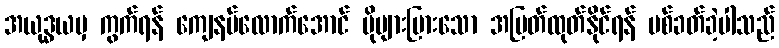
အယုဒ္ဓယမှ ကွက်ရန် ကျေနပ်လောက်အောင် ပိုများပြားသော အမြတ်ထုတ်နိုင်ရန် ပစ်ခတ်ခဲ့ပါသည်